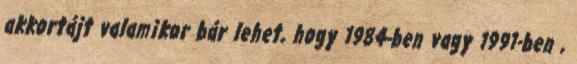
akkortájt valamikor bár lehet, hogy 1984-ben vagy 1991-ben ,